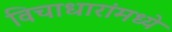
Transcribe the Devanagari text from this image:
विचाधारांमध्ये